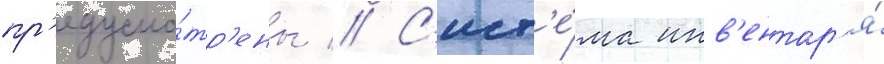
пр'едусмо́тр'ены // С'ист'е́ма инв'ентар'я́